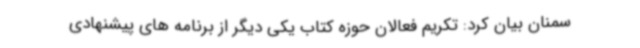
سمنان بیان کرد: تکریم فعالان حوزه کتاب یکی دیگر از برنامه های پیشنهادی